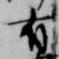
有